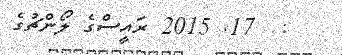
:  17